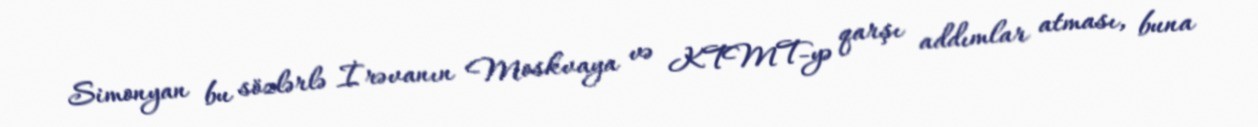
Simonyan bu sözlərlə İrəvanın Moskvaya və KTMT-yə qarşı addımlar atması, buna